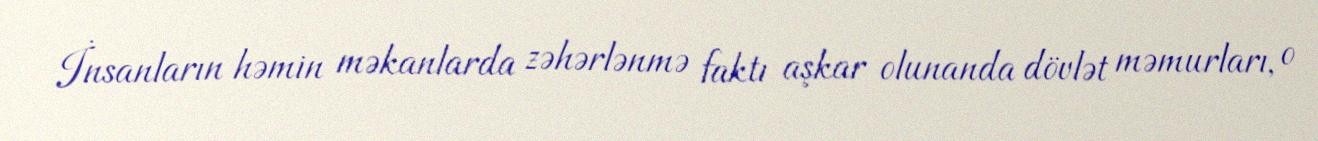
İnsanların həmin məkanlarda zəhərlənmə faktı aşkar olunanda dövlət məmurları, o